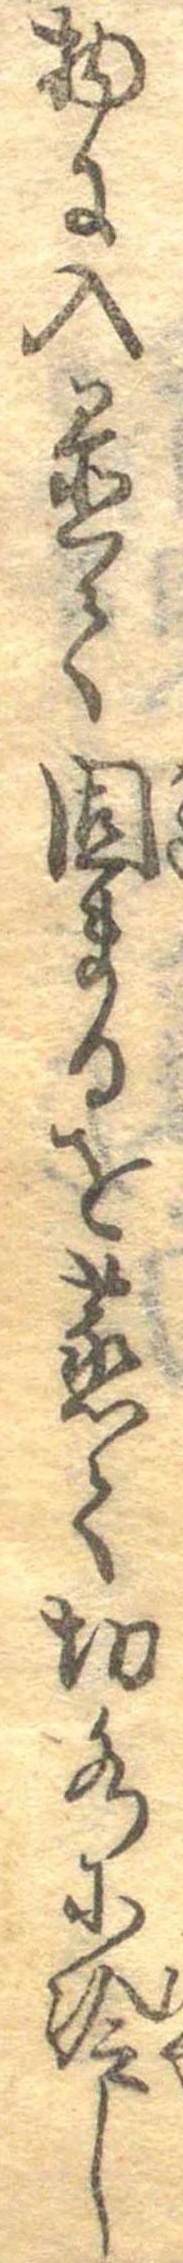
物に入置て固まるを蒸て切水に冷し